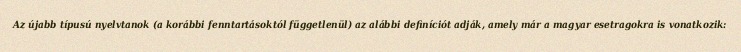
Az újabb típusú nyelvtanok (a korábbi fenntartásoktól függetlenül) az alábbi definíciót adják, amely már a magyar esetragokra is vonatkozik: